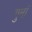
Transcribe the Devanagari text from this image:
गुमां